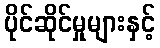
ပိုင်ဆိုင်မှုများနှင့်